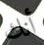
أنك